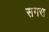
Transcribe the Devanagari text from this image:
सगस